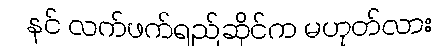
နင် လက်ဖက်ရည်ဆိုင်က မဟုတ်လား